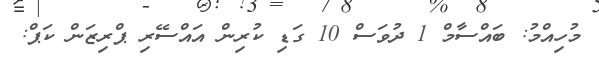
މުހިއްމު: ބައްސާމް 1 ދުވަސް 10 ގަޑި ކުރިން އައްސޭރި ޕްރިޒަން ކަޕް: